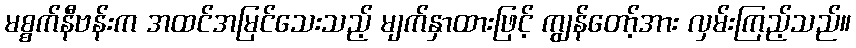
မစ္စက်နီဗန်းက အထင်အမြင်သေးသည့် မျက်နှာထားဖြင့် ကျွန်တော့်အား လှမ်းကြည့်သည်။